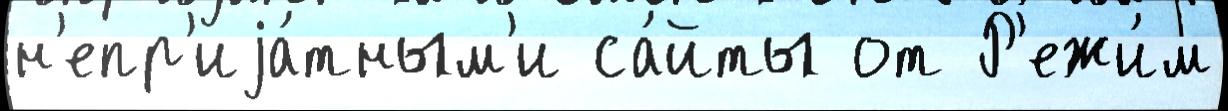
н'епр'иjа́тным'и са́йты от Р'ежи́м